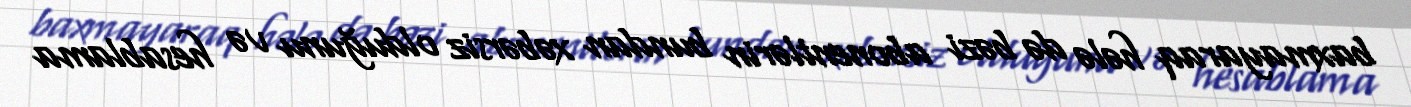
baxmayaraq hələ də bəzi abonentlərin bundan xəbərsiz olduğunu və hesablama